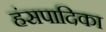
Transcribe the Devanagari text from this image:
हंसपादिका